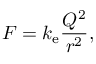
F = k _ { \mathrm { e } } { \frac { Q ^ { 2 } } { r ^ { 2 } } } ,